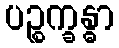
ပဉ္စက္ခန္ဓာ